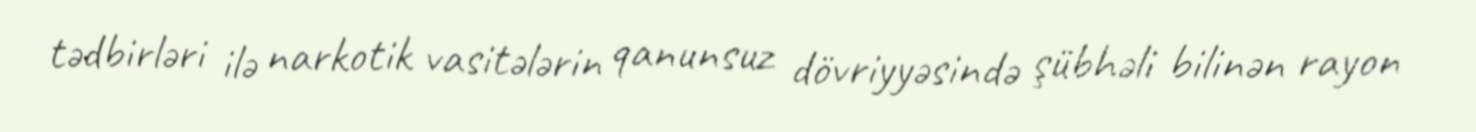
tədbirləri ilə narkotik vasitələrin qanunsuz dövriyyəsində şübhəli bilinən rayon